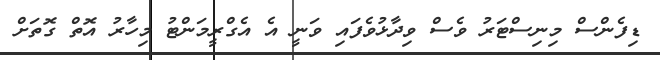
ޑިފެންސް މިނިސްޓަރު ވެސް ވިދާޅުވެފައި ވަނީ އެ އެގްރީމަންޓު މިހާރު އޮތް ގޮތަށް